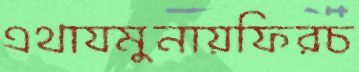
এথাযমুনায়ফিরচ